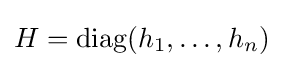
H=\operatorname {diag} (h_{1},\dots ,h_{n})